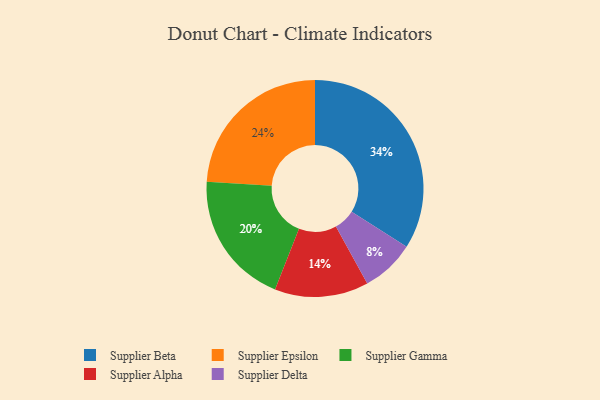
{"axis": {"x": "Category", "y": "Percentage"}, "legend": ["Supplier Alpha", "Supplier Beta", "Supplier Delta", "Supplier Epsilon", "Supplier Gamma"], "data": [{"x": "Supplier Delta", "y": 8, "type": "Supplier Delta"}, {"x": "Supplier Beta", "y": 34, "type": "Supplier Beta"}, {"x": "Supplier Epsilon", "y": 24, "type": "Supplier Epsilon"}, {"x": "Supplier Gamma", "y": 20, "type": "Supplier Gamma"}, {"x": "Supplier Alpha", "y": 14, "type": "Supplier Alpha"}]}